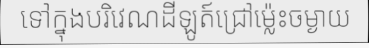
ទៅក្នុងបរិវេណដីឡូត៍ជ្រៅម្ល៉េះចម្ងាយ